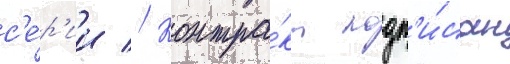
с'е́р'ии // Контра́кт подп'и́сан